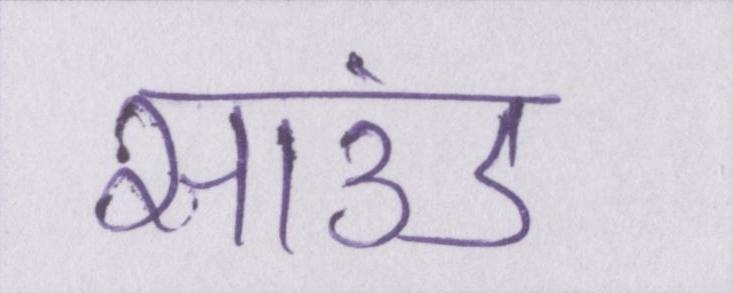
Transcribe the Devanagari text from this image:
साउंड